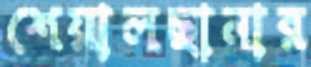
শেয়ালছানার